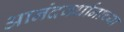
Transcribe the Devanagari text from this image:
आनंदवर्धानाच्या